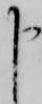
申